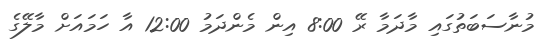
މުނާސަބަތުގައި މާދަމާ ރޭ 8:00 އިން މެންދަމު 12:00 އާ ހަމައަށް މާލޭގެ